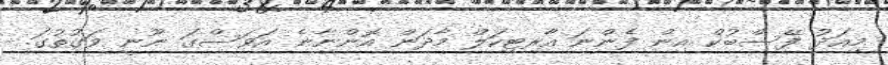
މިއަދު ފޭސްބުކް އިން ފެންނަ އާރޓިކަލް މާދަން އޮންނާނެ އަވަސްގަ ނޫނީ ވަގުތުގަ.